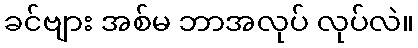
ခင်ဗျား အစ်မ ဘာအလုပ် လုပ်လဲ။